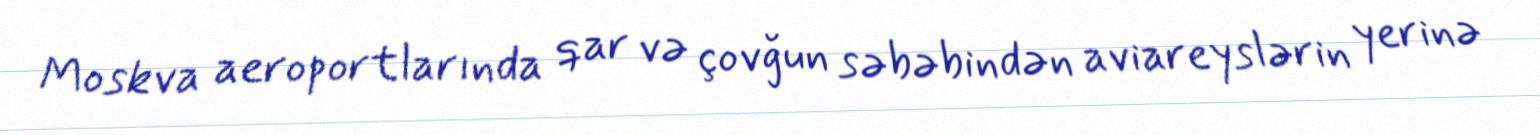
Moskva aeroportlarında qar və çovğun səbəbindən aviareyslərin yerinə